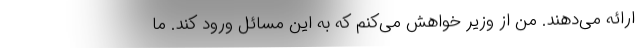
ارائه می‌دهند. من از وزیر خواهش می‌کنم که به این مسائل ورود کند. ما